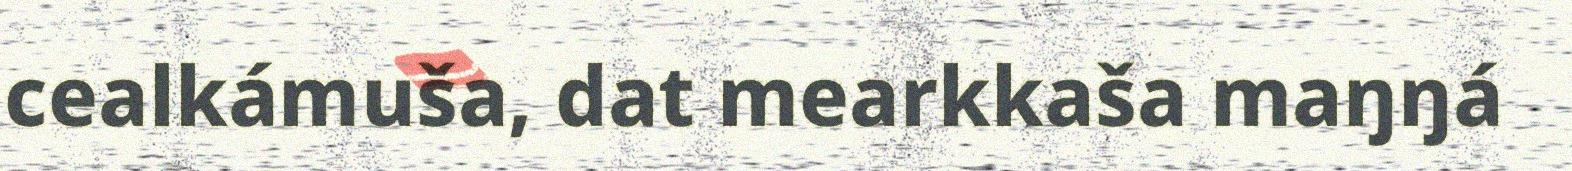
cealkámuša, dat mearkkaša maŋŋá